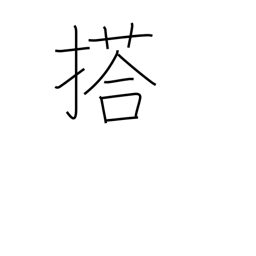
Meaning: load (a vehicle)